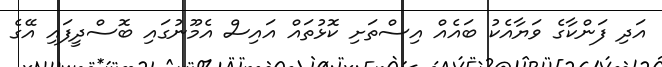
އަދި ފަންކާގެ ވަޔާއެކު ބައެއް އިސްތަށި ކޮޅުތައް އައިސް އެމޫނުގައި ބޮސްދީފައި އޭގެ